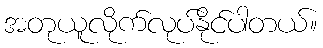
အတုယူလိုက်လုပ်နိုင်ပါတယ်။